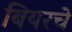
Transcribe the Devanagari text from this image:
बियरचे